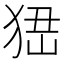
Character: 峱